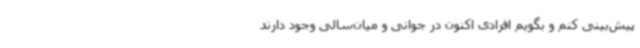
پیش‌بینی کنم و بگویم افرادی اکنون در جوانی و میان‌سالی وجود دارند